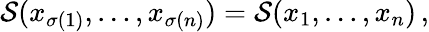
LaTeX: {\cal S}(x_{\sigma(1)},\dots,x_{\sigma(n)})={\cal S}(x_{1},\dots,x_{n})\, ,